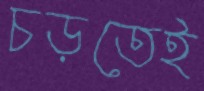
চড়তেই